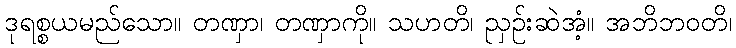
ဒုရစ္စယမည်သော။ တဏှာ၊ တဏှာကို။ သဟတိ၊ ညှဉ်းဆဲအံ့။ အဘိဘဝတိ၊